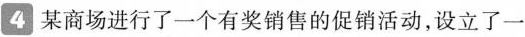
4 某商场进行了一个有奖销售的促销活动，设立了一